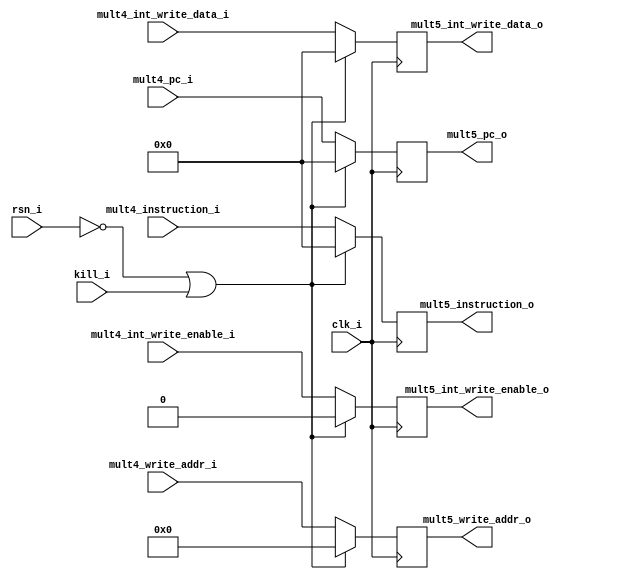
// Latch between mult4 and mult5

module mult4_mult5_latch(
input		clk_i,
input		rsn_i,
input		kill_i,
input	[31:0]	mult4_int_write_data_i,
input	[4:0]	mult4_write_addr_i,
input		mult4_int_write_enable_i,
input	[31:0]	mult4_instruction_i,
input	[31:0]	mult4_pc_i,
output	[31:0]	mult5_int_write_data_o,
output	[4:0]	mult5_write_addr_o,
output		mult5_int_write_enable_o,
output	[31:0]	mult5_instruction_o,
output 	[31:0]	mult5_pc_o);

reg	[31:0]	mult5_int_write_data;
reg	[4:0]	mult5_write_addr;
reg		mult5_int_write_enable;
reg	[31:0]	mult5_instruction;
reg 	[31:0]	mult5_pc;
	
assign mult5_int_write_data_o = mult5_int_write_data;
assign mult5_write_addr_o = mult5_write_addr;
assign mult5_int_write_enable_o = mult5_int_write_enable;
assign mult5_instruction_o = mult5_instruction;
assign mult5_pc_o = mult5_pc;
	
// Latch 
always @(posedge clk_i)
begin
	if (!rsn_i || kill_i) begin
		mult5_int_write_data = 32'b0;
		mult5_write_addr = 5'b0;
		mult5_int_write_enable = 1'b0;
		mult5_instruction = 32'b0;
		mult5_pc = 32'b0;
	end
	else begin
		mult5_int_write_data = mult4_int_write_data_i;
		mult5_write_addr = mult4_write_addr_i;
		mult5_int_write_enable = mult4_int_write_enable_i;
		mult5_instruction = mult4_instruction_i;
		mult5_pc = mult4_pc_i;
	end
end
endmodule